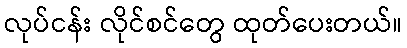
လုပ်ငန်း လိုင်စင်တွေ ထုတ်ပေးတယ်။